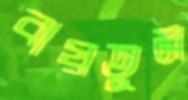
বায়তুন